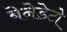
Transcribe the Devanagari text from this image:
बेनेडेटो